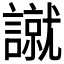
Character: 𧫾